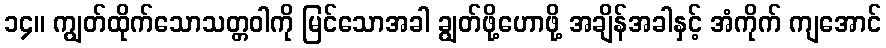
၁၄။ ကျွတ်ထိုက်သောသတ္တဝါကို မြင်သောအခါ ချွတ်ဖို့ဟောဖို့ အချိန်အခါနှင့် အံကိုက် ကျအောင်